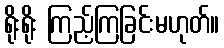
ရိုးရိုး ကြည့်ကြခြင်းမဟုတ်။